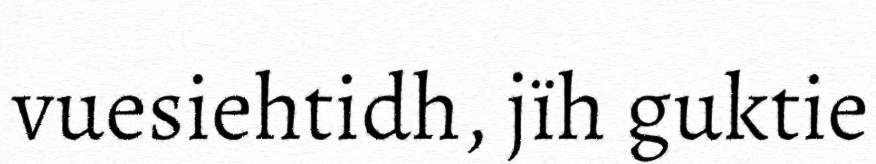
vuesiehtidh, jïh guktie